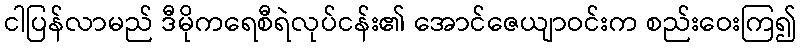
ငါပြန်လာမည် ဒီမိုကရေစီရဲလုပ်ငန်း၏ အောင်ဇေယျာဝင်းက စည်းဝေးကြ၍